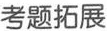
考题拓展